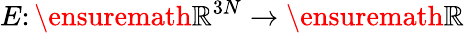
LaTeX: E\colon\ensuremath{\mathbb{R}}^{3N}\to\ensuremath{\mathbb{R}}